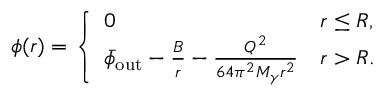
\phi ( r ) = \left\{ \begin{array} { l l } { 0 } & { r \leq R , } \\ { \bar { \phi } _ { \mathrm { o u t } } - \frac { B } { r } - \frac { Q ^ { 2 } } { 6 4 \pi ^ { 2 } M _ { \gamma } r ^ { 2 } } } & { r > R . } \end{array} \right.